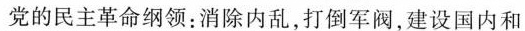
党的民主革命纲领：消除内乱，打倒军阀，建设国内和